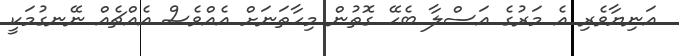
އަނިޔާވެރި އެ މަރުގެ އަސްލާ ބެހޭ ގޮތުން މިހާތަނަށް އެއްވެސް އެއްޗެއް ނޭނގުމަކީ